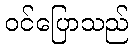
ဝင်ပြောသည်